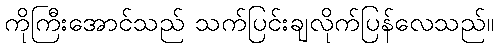
ကိုကြီးအောင်သည် သက်ပြင်းချလိုက်ပြန်လေသည်။